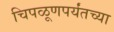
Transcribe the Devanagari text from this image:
चिपळूणपर्यंतच्या